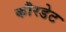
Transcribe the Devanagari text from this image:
कौरडेट